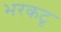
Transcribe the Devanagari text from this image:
भरकटू